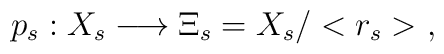
p_s : X_s \longrightarrow \Xi_s = X_s / < r_s > \ ,